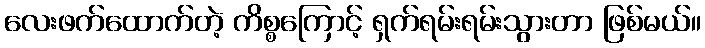
လေးဖက်ထောက်တဲ့ ကိစ္စကြောင့် ရှက်ရမ်းရမ်းသွားတာ ဖြစ်မယ်။